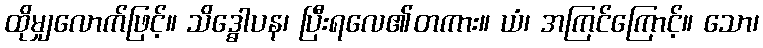
ထိုမျှလောက်ဖြင့်။ သိဒ္ဓေါပန၊ ပြီးရလေ၏တကား။ ယံ၊ အကြင်ကြောင့်။ သော၊